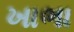
ખાભા